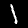
Label: 1